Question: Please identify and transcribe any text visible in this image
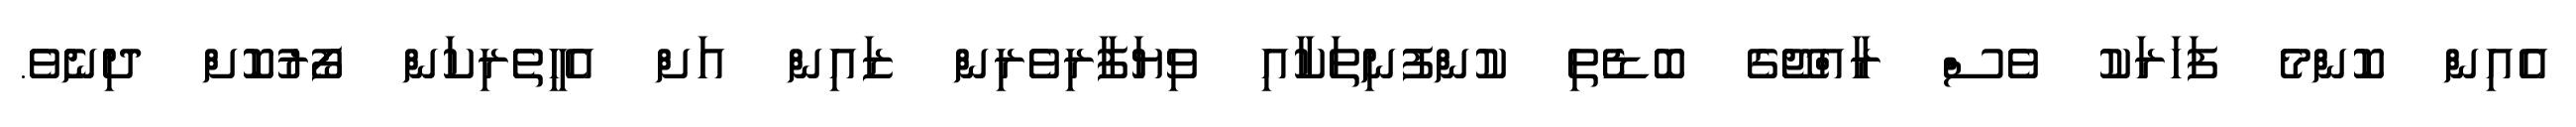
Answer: އެއިން ކޮންމެ ފަހަރަކު ވެސް ރާއްޖޭގެ ބޮޑެތި ކުންފުނިތަކާއި ވިޔަފާރިވެރިން ޒައިން އަށް އެހީތެރިކަން ފޯރުކޮށް ދިނެވެ.